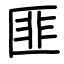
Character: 匪